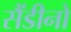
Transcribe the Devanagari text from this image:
सैंडीनो